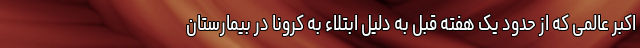
اکبر عالمی که از حدود یک هفته قبل به دلیل ابتلاء به کرونا در بیمارستان